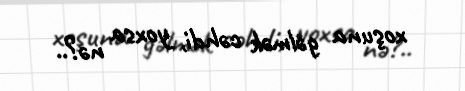
xoşuna gəlmək cəhdi, yoxsa nə?..